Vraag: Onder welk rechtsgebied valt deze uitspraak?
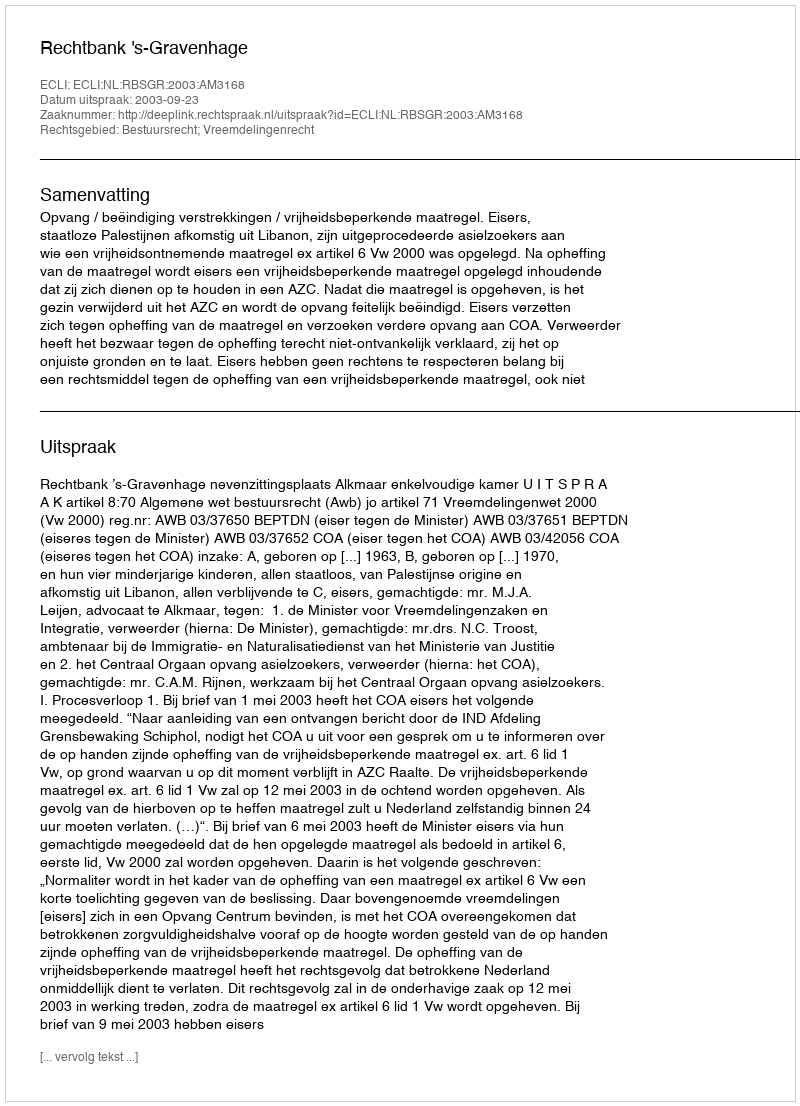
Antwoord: Bestuursrecht; Vreemdelingenrecht